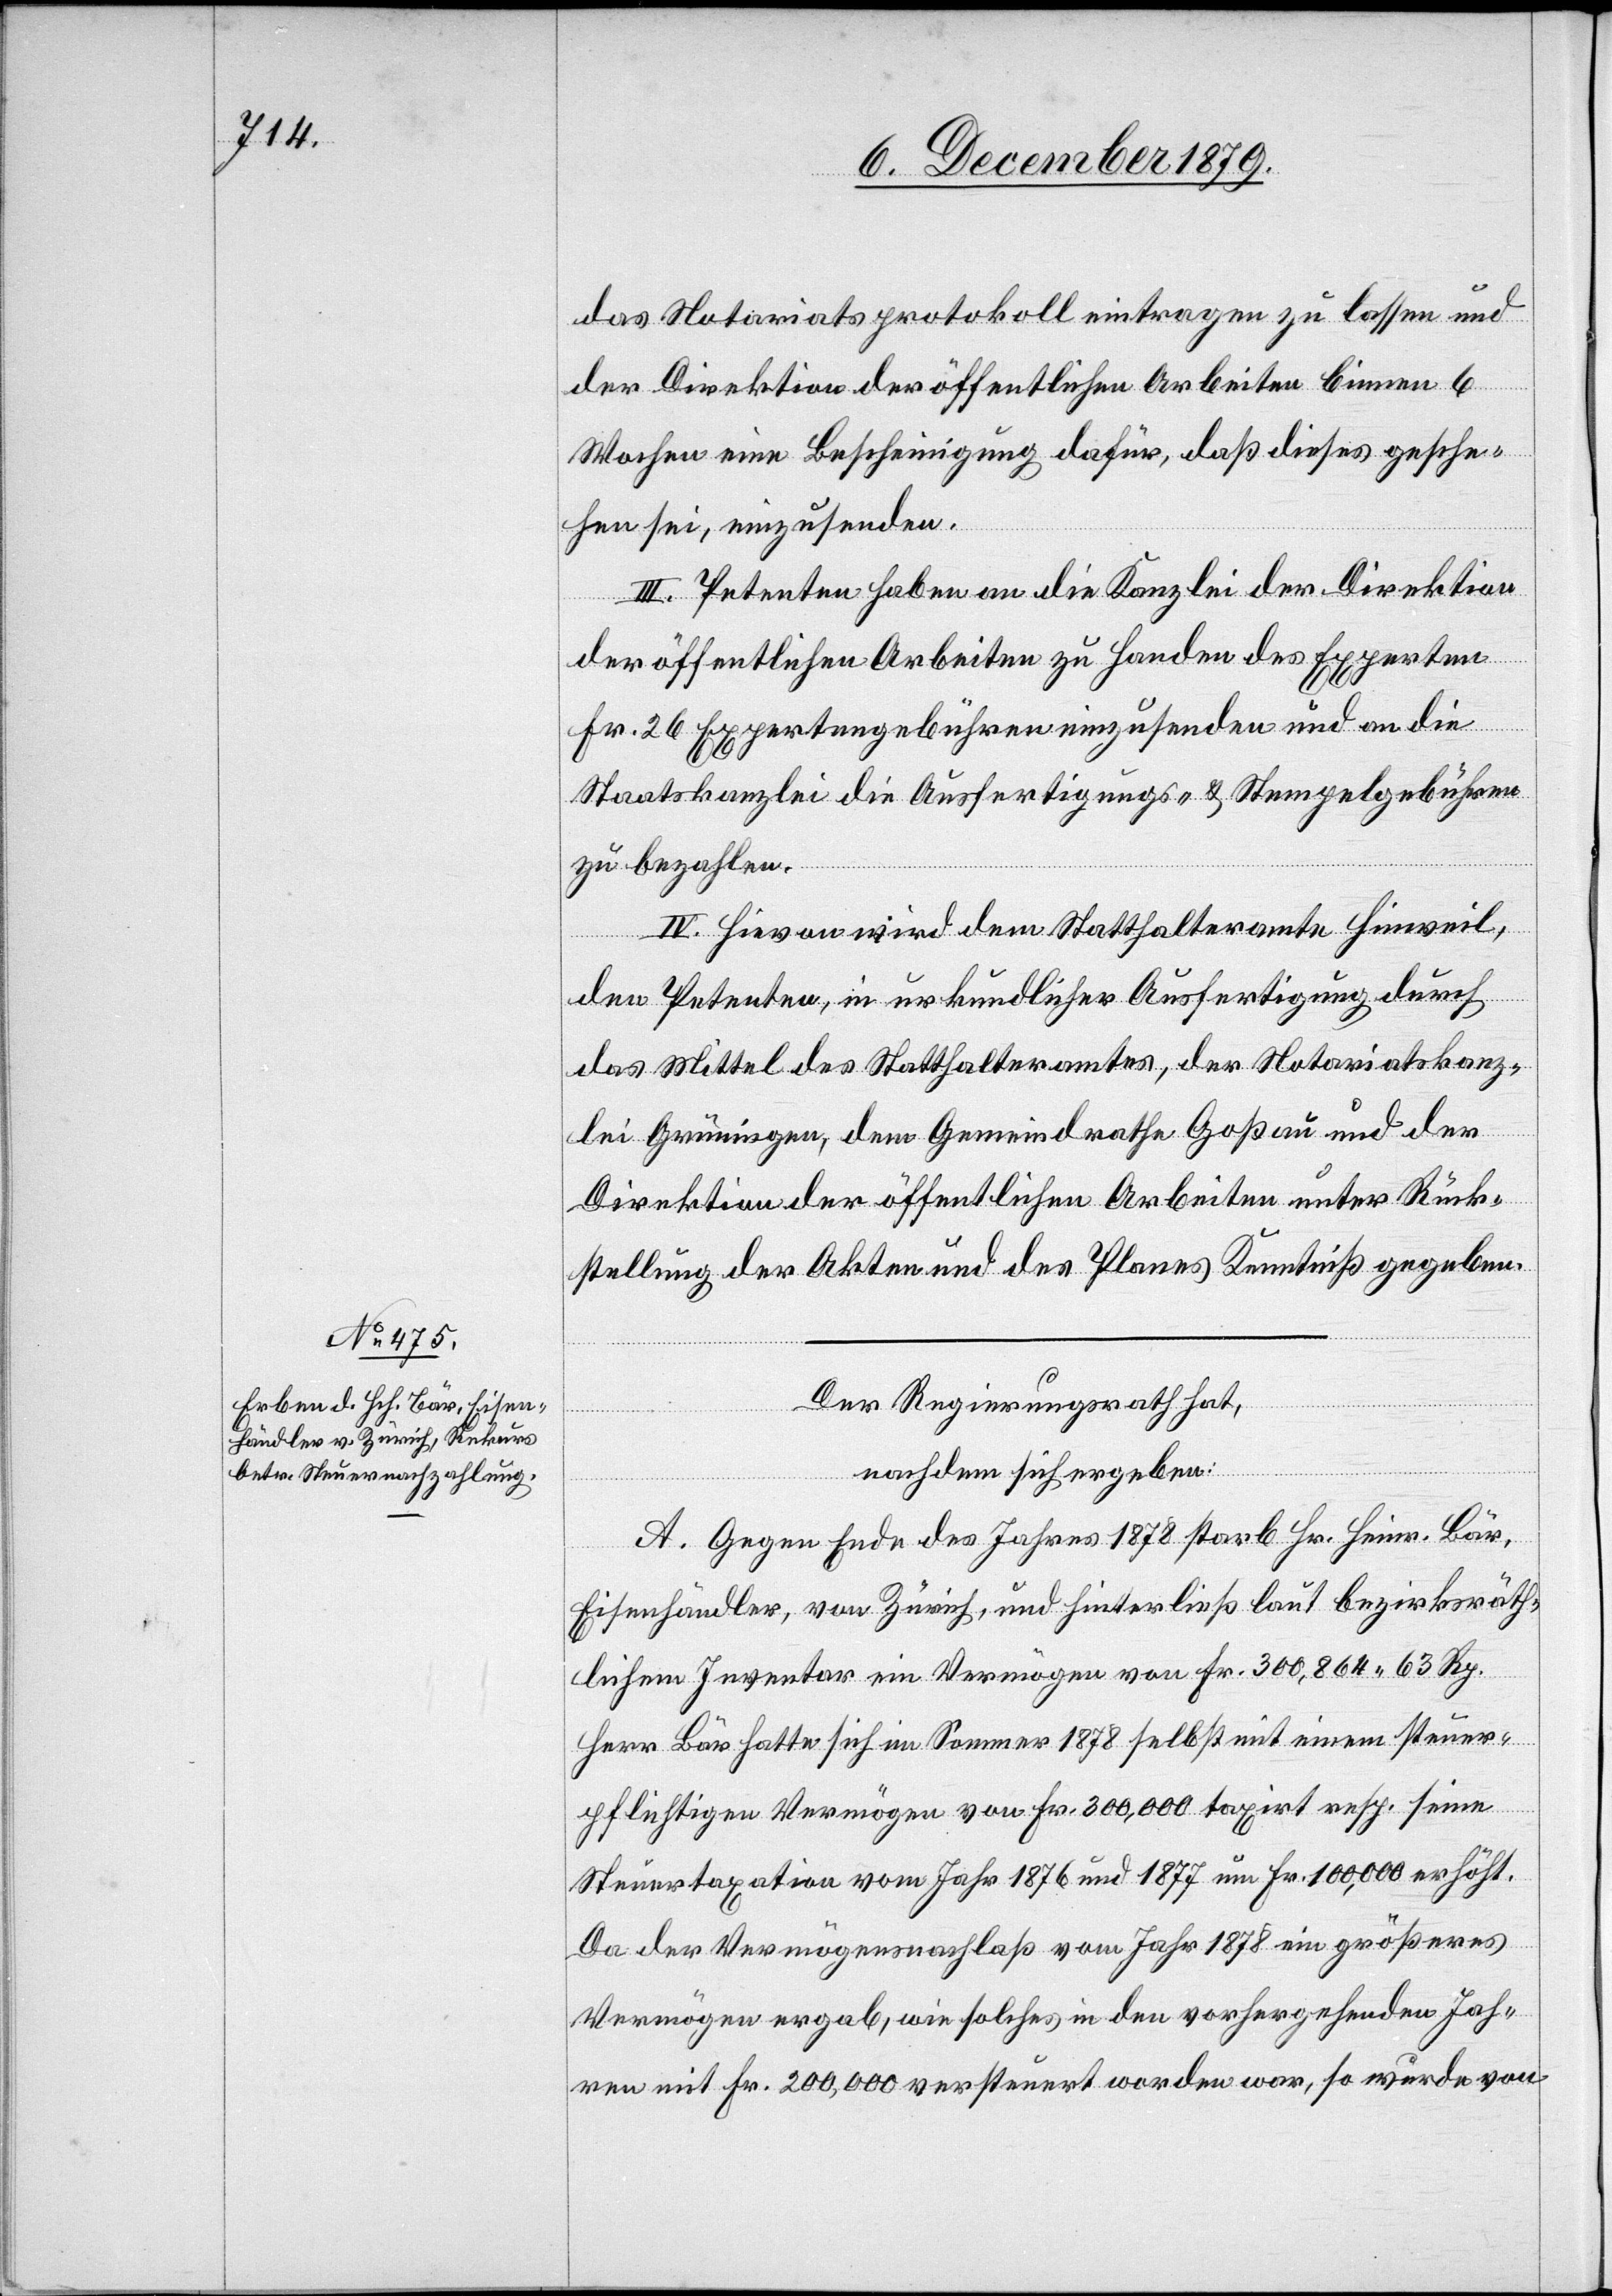
das Notariatsprotokoll eintragen zu lassen und
der Direktion der öffentlichen Arbeiten binnen 6
Wochen eine Bescheinigung dafür, daß dieses gesche¬
hen sei, einzusenden.
III. Petenten haben an die Kanzlei der Direktion
der öffentlichen Arbeiten zu Handen des Experten
Fr. 26 Expertengebühren einzusenden und an die
Staatskanzlei die Ausfertigungs- & Stempelgebühren
zu bezahlen.
IV. Hievon wird dem Statthalteramte Hinweil,
den Petenten, in urkundlicher Ausfertigung durch
das Mittel des Statthalteramtes, der Notariatskanz¬
lei Grüningen, dem Gemeindrathe Goßau und der
Direktion der öffentlichen Arbeiten unter Rück¬
stellung der Akten und des Planes Kenntniß gegeben.
Der Regierungsrath hat,
nachdem sich ergeben:
A. Gegen Ende des Jahres 1878 starb Hr. Heinr. Bär,
Eisenhändler, von Zürich, und hinterließ laut bezirksräth¬
lichem Inventar ein Vermögen von Fr. 300,864 63 Rp.
Herr Bär hatte sich im Sommer 1878 selbst mit einem steuer¬
pflichtigen Vermögen von Fr. 300,000 taxirt resp. seine
Steuertaxation vom Jahr 1876 und 1877 um Fr. 100,000 erhöht.
Da der Vermögensnachlaß vom Jahr 1878 ein größeres
Vermögen ergab, wie solches in den vorhergehenden Jah¬
ren mit Fr. 200,000 versteuert worden war, so wurde von